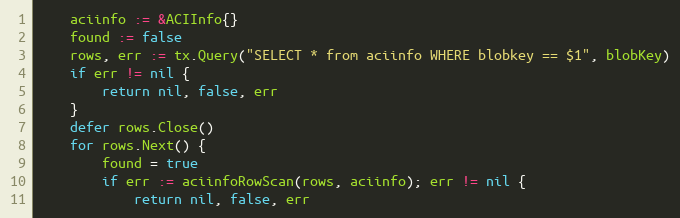
Language: Go
	aciinfo := &ACIInfo{}
	found := false
	rows, err := tx.Query("SELECT * from aciinfo WHERE blobkey == $1", blobKey)
	if err != nil {
		return nil, false, err
	}
	defer rows.Close()
	for rows.Next() {
		found = true
		if err := aciinfoRowScan(rows, aciinfo); err != nil {
			return nil, false, err